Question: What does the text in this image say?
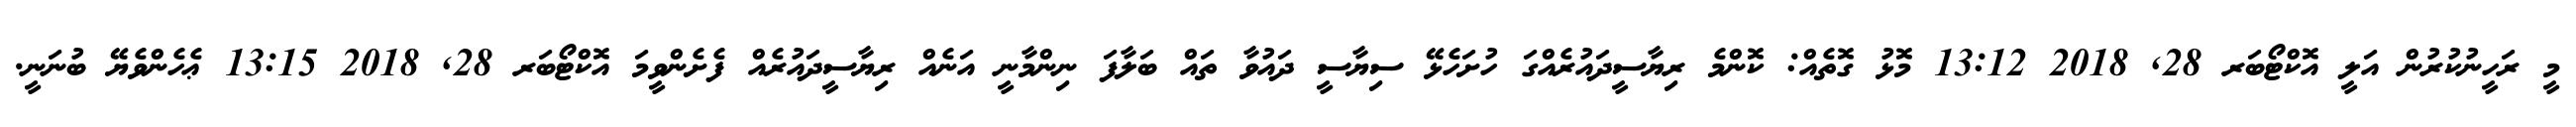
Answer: މީ ރަހީނުކުރުން އަލީ އޮކްޓޯބަރ 28, 2018 13:12 މޮޅު ގޮތެއް: ކޮންމެ ރިޔާސީދައުރެއްގަ ހުށަހެޅޭ ސިޔާސީ ދައުވާ ތައް ބަލާފަ ނިންމާނީ އަނެއް ރިޔާސީދައުރެއް ފެށެންވީމަ އޮކްޓޯބަރ 28, 2018 13:15 ޢެހެންވެޔޭ ބުނަނީ.